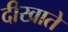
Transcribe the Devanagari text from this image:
दीखाते